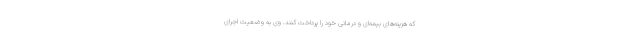
که هزینه‌های بیمه‌ای و درمانی خود را پرداخت کنند. وی به وضعیت اجرای